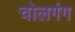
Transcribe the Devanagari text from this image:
चोलगंग